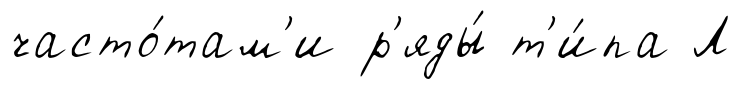
часто́там'и р'яды́ т'и́па Л